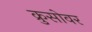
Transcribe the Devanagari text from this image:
क्रुसोवर